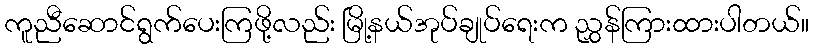
ကူညီဆောင်ရွက်ပေးကြဖို့လည်း မြို့နယ်အုပ်ချုပ်ရေးက ညွှန်ကြားထားပါတယ်။